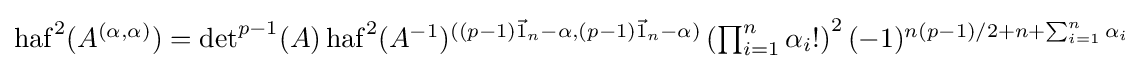
{\textstyle \operatorname {haf} ^{2}(A^{(\alpha ,\alpha )})=\det ^{p-1}(A)\operatorname {haf} ^{2}(A^{-1})^{((p-1){\vec {1}}_{n}-\alpha ,(p-1){\vec {1}}_{n}-\alpha )}\left(\prod _{i=1}^{n}\alpha _{i}!\right)^{2}(-1)^{n(p-1)/2+n+\sum _{i=1}^{n}\alpha _{i}}}